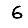
Digit: 6